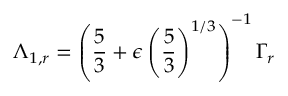
\Lambda _ { 1 , r } = \left( \frac 5 3 + \epsilon \left( \frac 5 3 \right) ^ { 1 / 3 } \right) ^ { - 1 } \Gamma _ { r }